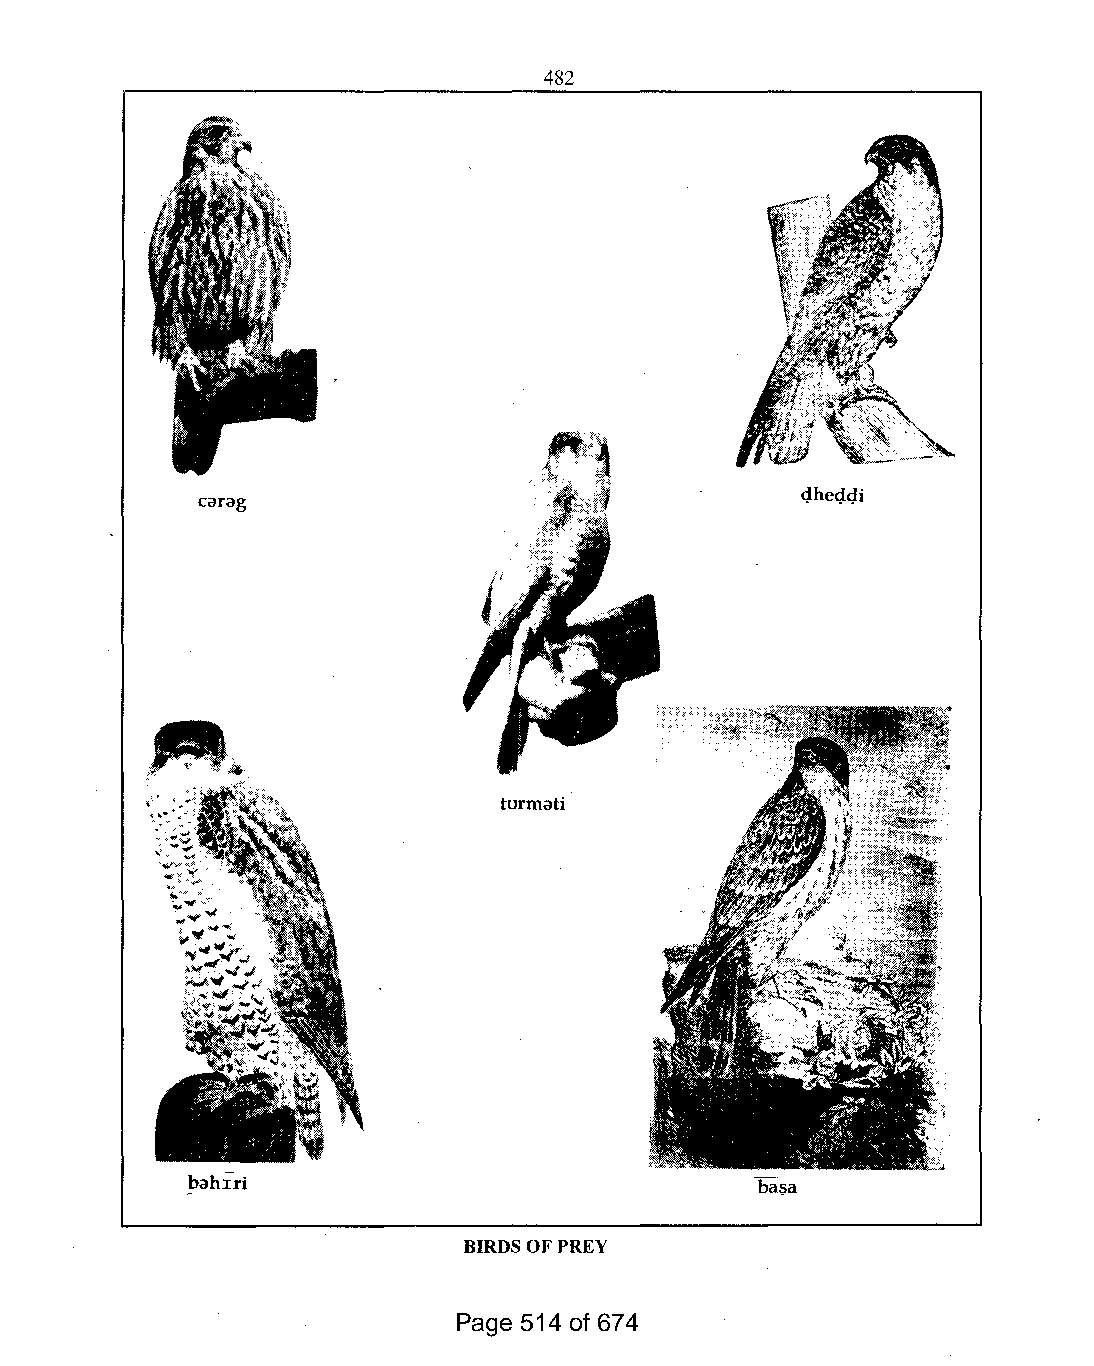
482
 carag                                   gheg4i
 turmati
 bahiri
 BIRDSOFPREY
 Page 514 of 674